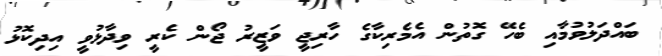
ބައްދަލުވުމާއި ބެހޭ ގޮތުން އެމެރިކާގެ ހާރިޖީ ވަޒީރު ޖޯން ކެރީ ވިދާޅުވީ އިދިކޮޅު